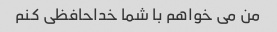
من می خواهم با شما خداحافظی کنم